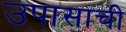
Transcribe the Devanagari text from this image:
उपासाची